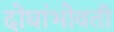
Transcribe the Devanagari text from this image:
दोघांभोवती